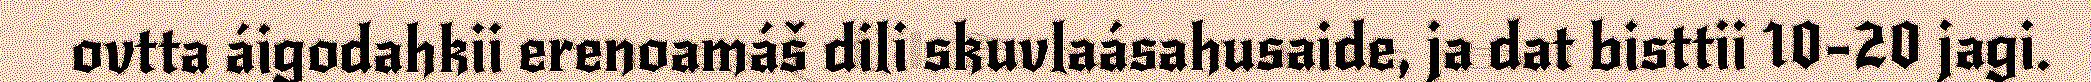
ovtta áigodahkii erenoamáš dili skuvlaásahusaide, ja dat bisttii 10-20 jagi.